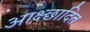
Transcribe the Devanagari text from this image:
आक्ष्छादित